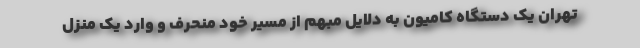
تهران یک دستگاه کامیون به دلایل مبهم از مسیر خود منحرف و وارد یک منزل